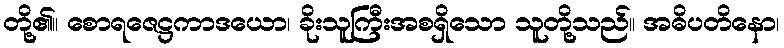
တို့၏။ စောရဇေဋ္ဌကာဒယော၊ ခိုးသူကြီးအစရှိသော သူတို့သည်။ အဓိပတိနော၊